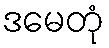
ဒမေတုံ